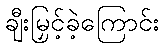
ချီးမြှင့်ခဲ့ကြောင်း